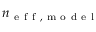
n _ { \mathrm { ~ e ~ f ~ f ~ , ~ m ~ o ~ d ~ e ~ l ~ } }